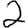
Digit: 2